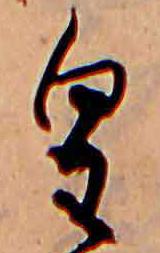
皇